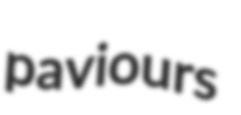
paviours